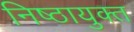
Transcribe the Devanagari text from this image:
निष्ठायुक्त